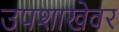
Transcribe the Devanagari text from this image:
उपशाखेवर